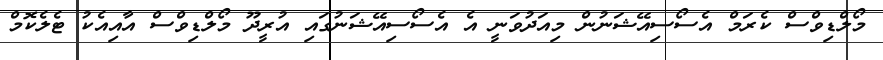
މޯލްޑިވްސް ކެރަމް އެސޯސިއޭޝަނުން މިއަދުވަނީ އެ އެސޯސިއޭޝަނުގައި އުރީދޫ މޯލްޑިވްސް އާއިއެކު ޓެލެކޮމް